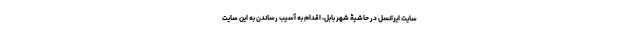
سایت ایرانسل در حاشیۀ شهر بابل، اقدام به آسیب رساندن به این سایت